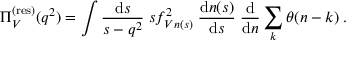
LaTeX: \Pi _ { V } ^ { ( \mathrm { r e s } ) } ( q ^ { 2 } ) = \int \frac { \mathrm { d } s } { s - q ^ { 2 } } \; s f _ { V n ( s ) } ^ { 2 } \; \frac { \mathrm { d } n ( s ) } { \mathrm { d } s } \; \frac { \mathrm { d } } { \mathrm { d } n } \sum _ { k } \theta ( n - k ) \; .